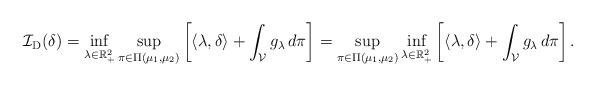
LaTeX: \begin{align*}\mathcal{I}_{\mathrm{D}} (\delta) = \inf _{\lambda \in \mathbb{R}_{+}^2} \sup _{\pi \in \Pi\left(\mu_1, \mu_2\right)} \left[\langle\lambda, \delta\rangle+\int_{\mathcal{V}} g_\lambda \, d \pi\right] = \sup _{\pi \in \Pi\left(\mu_1, \mu_2\right)} \inf _{\lambda \in \mathbb{R}_{+}^2}\left[\langle\lambda, \delta\rangle+\int_{\mathcal{V}} g_\lambda \, d \pi\right] .\end{align*}